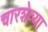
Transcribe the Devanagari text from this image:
चारशेव्या